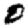
Digit: 0